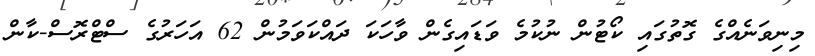
މިނިވަނެއްގެ ގޮތުގައި ކޯޓުން ނުކުމެ ވަޑައިގެން ވާހަކަ ދައްކަވަމުން 62 އަހަރުގެ ސްޓްރޮސް-ކާން